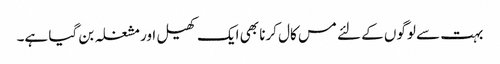
بہت سے لوگوں کے لئے مس کال کرنا بھی ایک کھیل اور مشغلہ بن گیا ہے۔